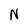
Character: N